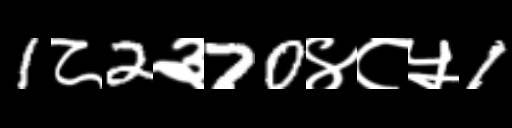
Text: 1८2३70४८५1